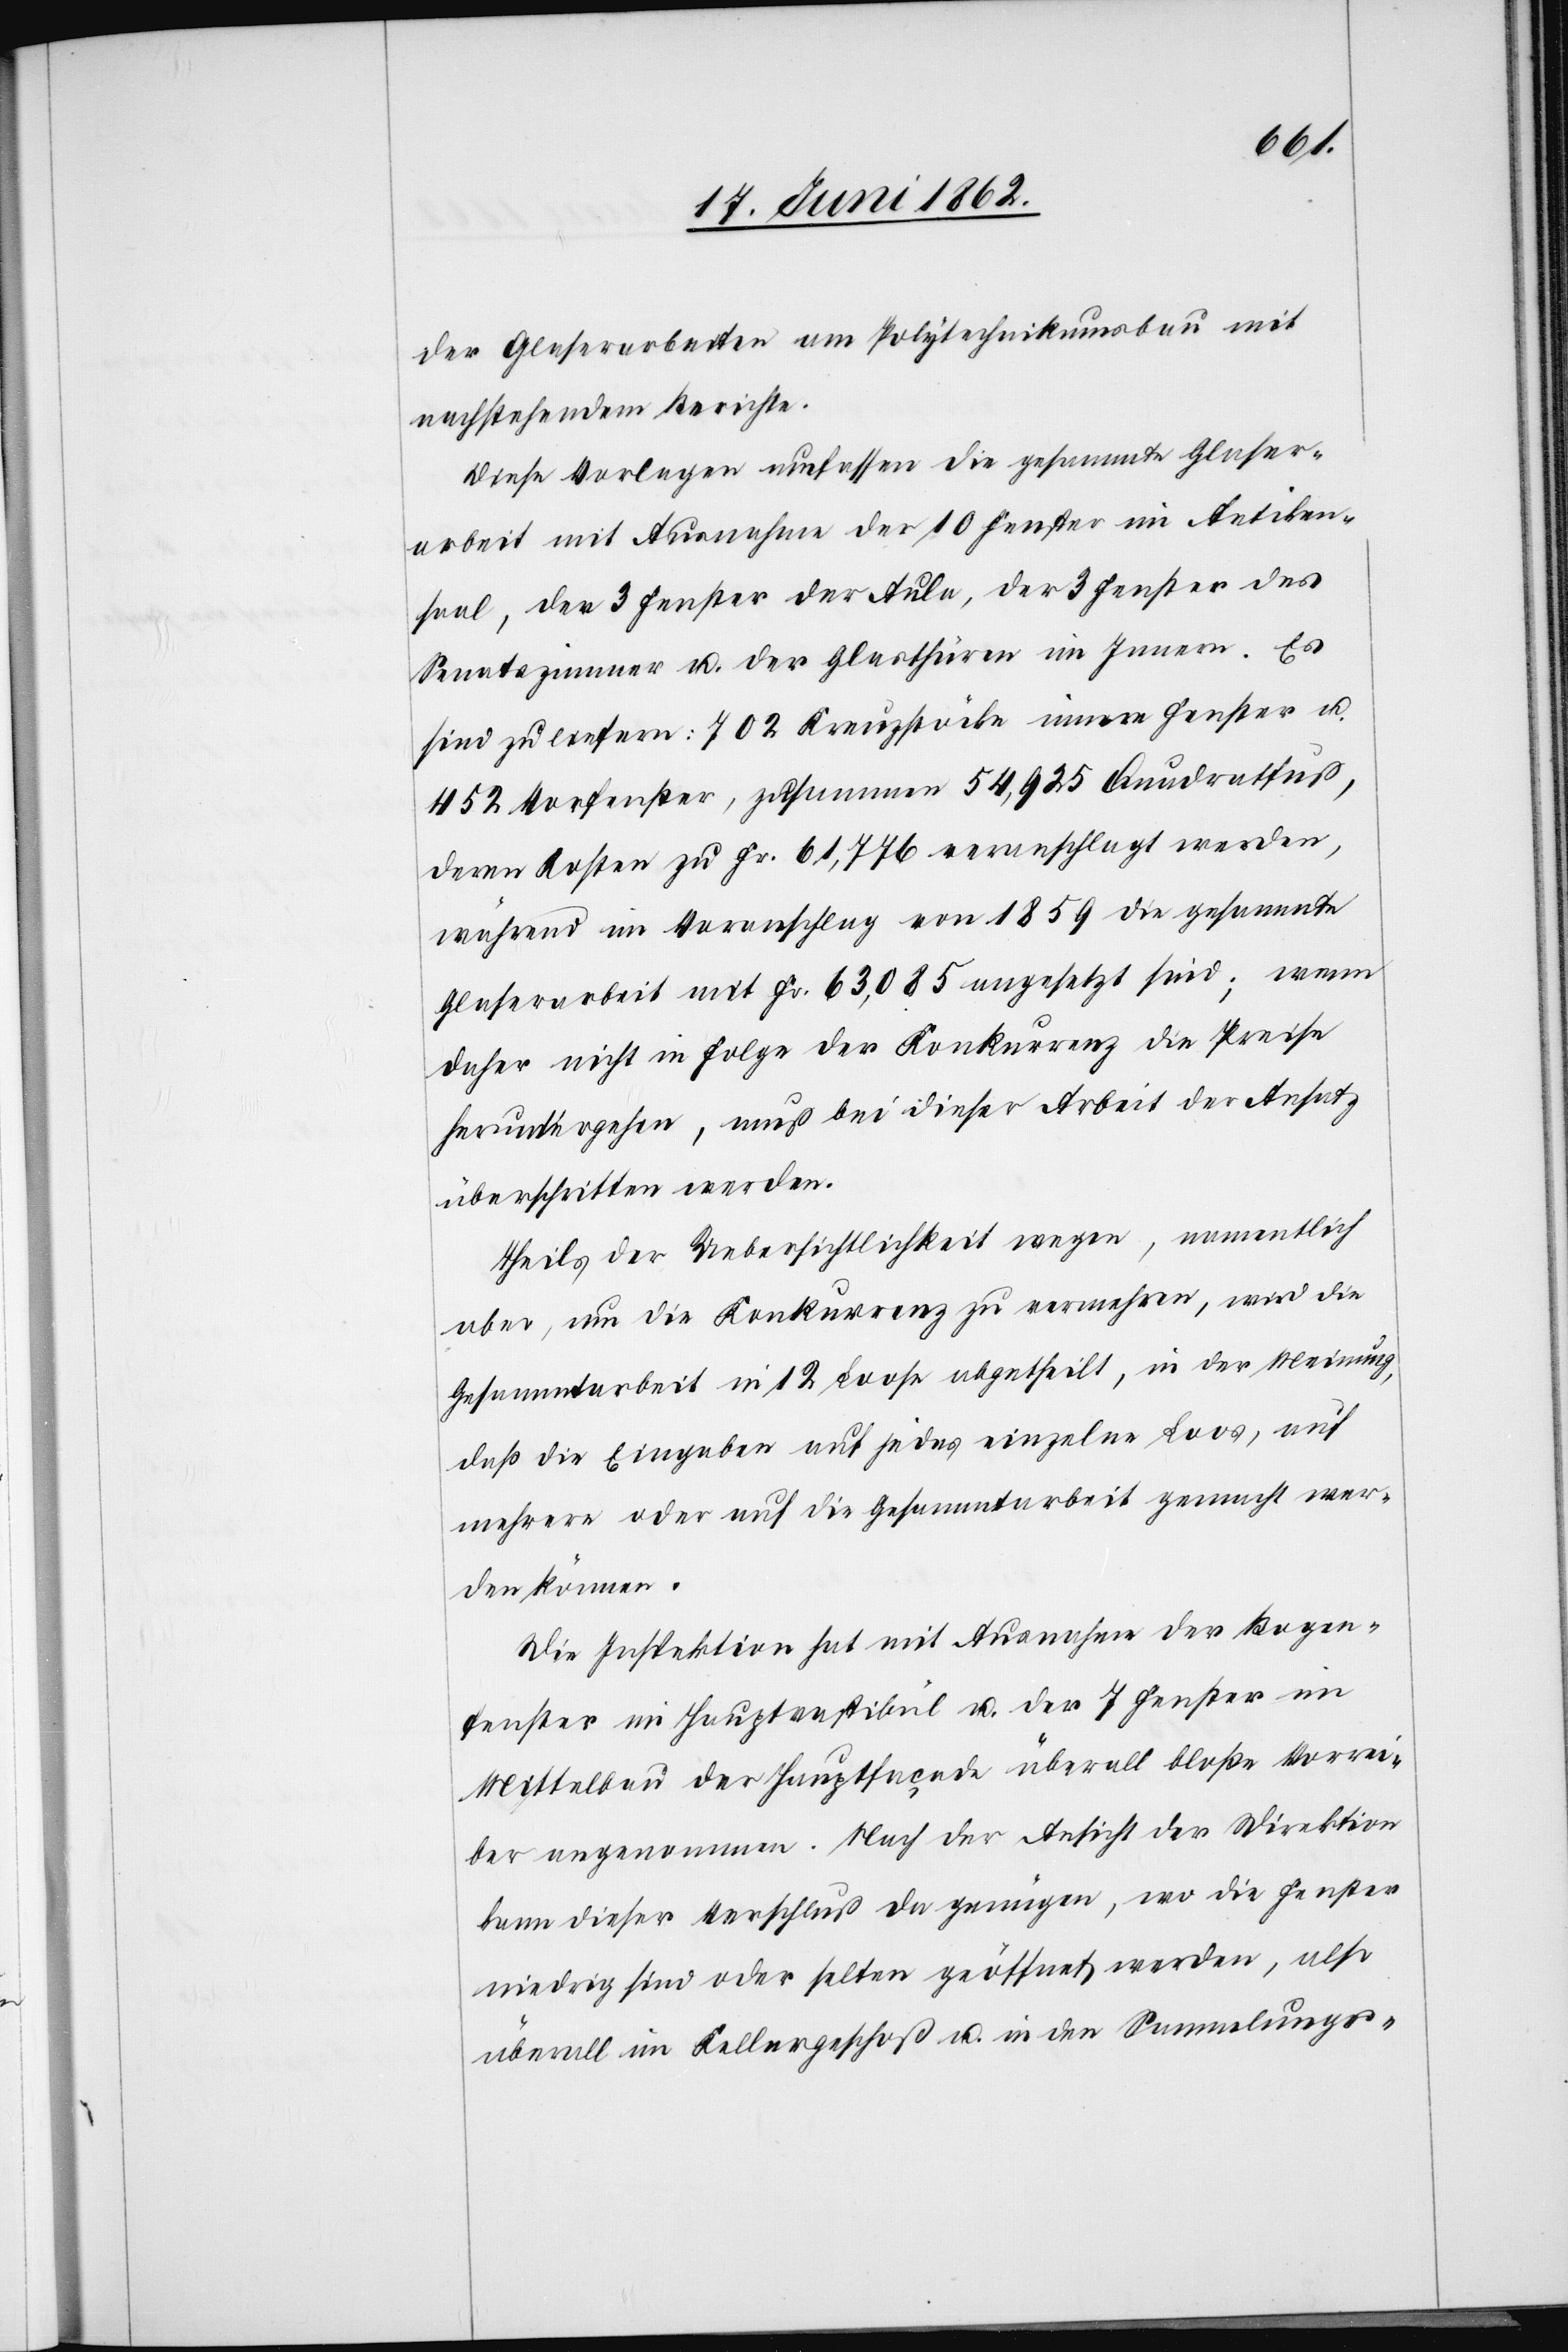
der Glaserarbeiten am Polytechnikumsbau mit
nachstehendem Berichte.
Diese Vorlagen umfassen die gesammte Glasser¬
arbeit mit Ausnahme der 10 Fenster im Antiken¬
saal, der 3 Fenster der Aula, der 3 Fenster des
Senatszimmer u. der Glasthüren im Innern. Es
sind zu liefern: 702 Kreuzstöcke innere Fenster u.
452 Vorfenster, zusammen 54,925 Quadratfuß,
deren Kosten zu Fr. 61,776 veranschlagt werden,
während im Voranschlag von 1859 die gesammte
Glaserarbeit mit Fr. 63.085 angesetzt sind; wenn
daher nicht in Folge der Konkurrenz die Preise
heruntergehen, muß bei dieser Arbeit der Ansatz
überschritten werden.
Theils der Uebersichtlichkeit wegen, namentlich
aber, um die Konkurrenz zu vermehren, wird die
Gesammtarbeit in 12 Loose abgetheilt, in der Meinung,
daß die Eingaben auf jedes einzelne Loos, auf
mehrere oder auf die Gesammtarbeit gemacht wer¬
den können.
Die Inspektion hat mit Ausnahme der Bogen¬
fenster im Hauptvestibül u. der 7 Fenster im
Mittelbau der Hauptfaçade überall bloße Vorrei¬
ber angenommen. Nach der Ansicht der Direktion
kann dieser Verschluß da genügen, wo die Fenster
niedrig sind oder selten geöffnet werden, also
überall im Kellergeschoß u. in den Sammlungs-